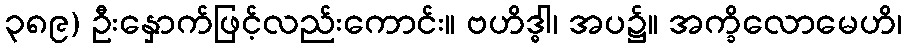
၃၈၉) ဦးနှောက်ဖြင့်လည်းကောင်း။ ဗဟိဒ္ဓါ၊ အပ၌။ အက္ခိလောမေဟိ၊